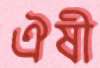
ঐষী